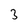
Character: 3